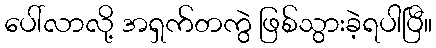
ပေါ်လာလို့ အရှက်တကွဲ ဖြစ်သွားခဲ့ရပါပြီ။